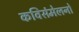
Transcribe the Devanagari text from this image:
कविसंमेलनों